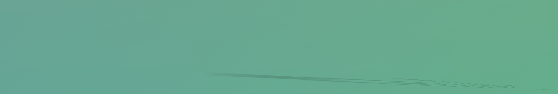
متجر الالكترونيات يقدم أح